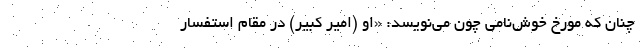
چنان که مورخ خوش‌نامی چون می‌نویسد: «او (امیر کبیر) در مقام استفسار